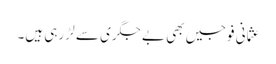
عثمانی فوجیں بھی بے جگری سے لڑ رہی ہیں۔